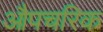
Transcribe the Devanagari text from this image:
औपचरिक